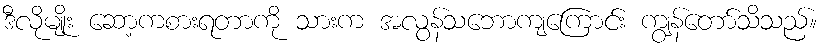
ဒီလိုမျိုး ဆော့ကစားရတာကို သားက အလွန်သဘောကျကြောင်း ကျွန်တော်သိသည်။